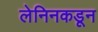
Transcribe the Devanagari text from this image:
लेनिनकडून